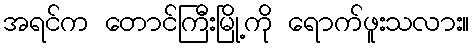
အရင်က တောင်ကြီးမြို့ကို ရောက်ဖူးသလား။